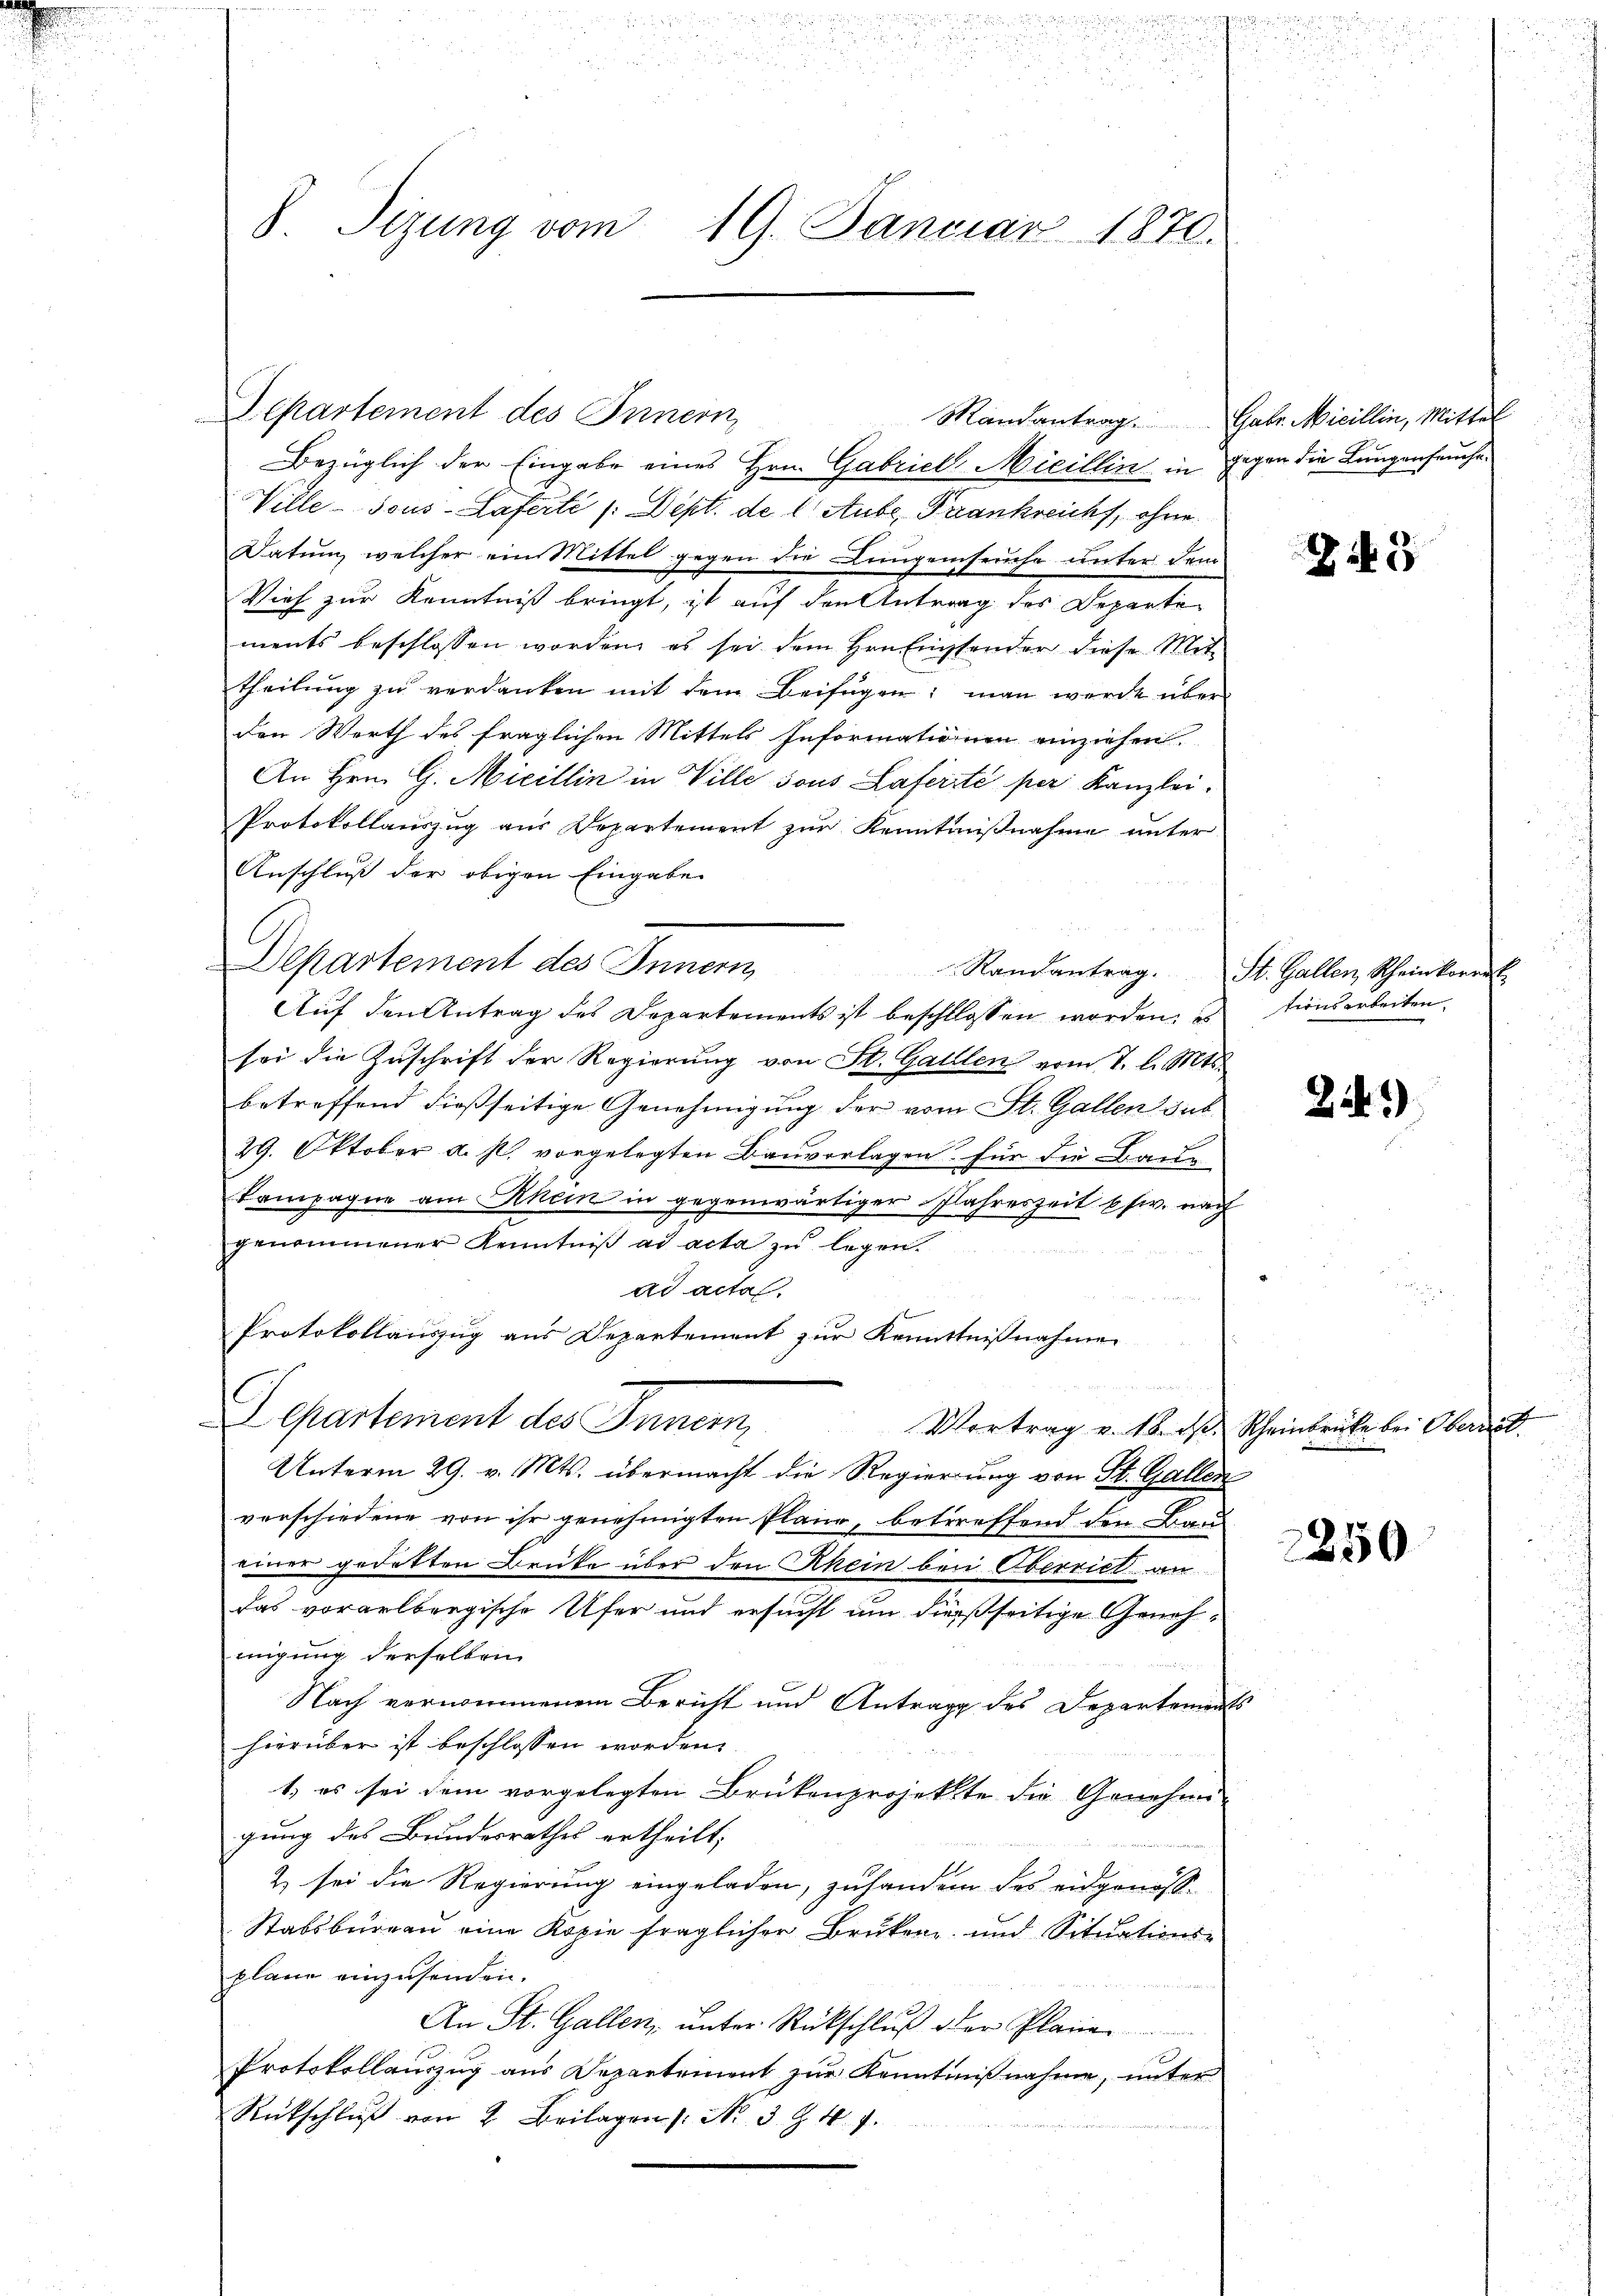
u
u
S. Tizung vom 19. Januar 1870.

Mandantrag Gabr. Micillin, Mittel

Departement des Innern,
Bezüglich der Eingabe eines Hrn. Gabriell-Micillin in Gegen die Lungenseuche
Ville-Jous-Laferti /: Dept. de l Aube, Frankreicht, ohne
Datum, welcher ein Mittel gegen die Lungenseuche unter dem
Vieh zur Kenntniß bringt, ist auf den Antrag des Departe
ments beschlossen worden, es sei dem Hrn. Eisender diese Mit-
theilung zu verdanken mit dem Beifügen: man werde über
den Werth des fraglichen Mittels Informationen einziehen.
An Hrn. G. Micillin in Ville sous Laferte per Kanzlei-
Protokollauszug aus Departement zur Kenntnißnahme unter
Anschluß der obigen Eingabe
Departement des Innern,
Auf den Antrag des Departements ist beschlossen worden. Es
sei die Zŭschrift der Regierŭng von St. Gallen vom 7. l. Mts.
betreffend dießseitige Genehmigung der vom St. Gallen sub
29. Oktober u. s. vorgelegten Bauverlagen für die Baue
kampagne am Klein in gegenwärtiger Jahreszeit usw. nach
genommener Kenntniβ ad acta zŭ legen.
ad acta.
Protokollauszug aus Departement zur Kenntnißnahmen
n
C
Departement des Innern
Vertrag v. 18. ds. Scheinbrücke bei Obernat
Unterm 29. v. Mts. übermacht die Regierung von St. Gallen
verschiedene von ihr genehmigten Plane, betreffend den Bau
einer gedekten Brüke über den Rhein bei Oberrich an
das vorarlbergische Ufer und ersucht um dießseitige Genehmigung derselben
Nach vernommenem Bericht und Antrag des Departements
hierüber ist beschlossen worden.
1.) es sei dem vorgelegten Brükenprojekte die Genehmi-
gung des Bundesrathes ertheilt;
2 sei die Regierung eingeladen, zuhandern des eidgenöss-
Stabsburgau eine Kopie fraglicher Brüken und Situations-
plane einzusenden.
An St. Gallen, unter Rückschluß der Plane
Protokollauszug aus Departement zur Kenntnißnahme, unter
Rückschlŭβ von 2 Beilagen /: No 3. Z. 4. 7.

Randantrag. St. Gallen, Scheinkorrek

5

tionsarbeiten.

Zi.)

350